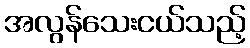
အလွန်သေးငယ်သည့်